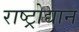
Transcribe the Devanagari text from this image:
राष्ट्रोद्यान